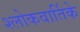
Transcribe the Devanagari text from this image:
श्लोकवार्तिके